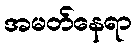
အမတ်နေရာ